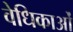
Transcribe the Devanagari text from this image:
वेधिकाओं